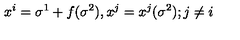
x ^ { i } = \sigma ^ { 1 } + f ( \sigma ^ { 2 } ) , x ^ { j } = x ^ { j } ( \sigma ^ { 2 } ) ; j \neq i